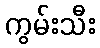
ကွမ်းသီး